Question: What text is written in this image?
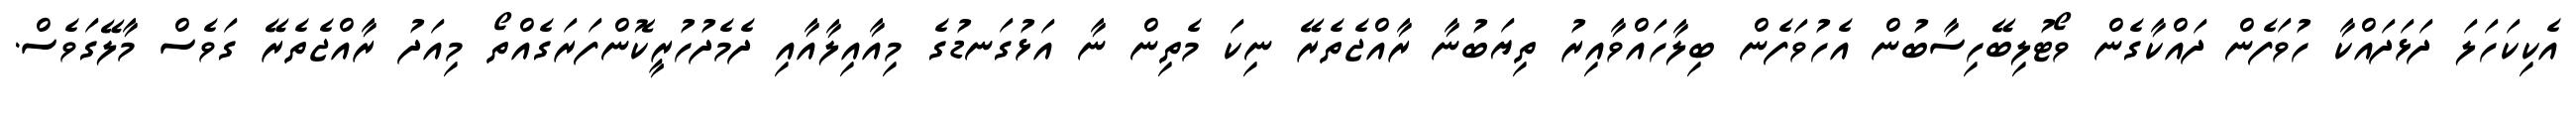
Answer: އެކިކަހަލަ ދަޅަދައްކާ ހުވަފެން ދައްކާގެން ވޯޓުލިބޭހިސާބުން އެހުވަފެން ބިލާހައްވާއިރު ތިޔަބުނާ ރާއްޖެތެރޭ ނިކަ މެތިން ނާ އަޅުގަނޑުގެ މިއާއިލާއާއި ދެމެދުހުރީކޮންފަރަގެއްތޯ މިއަދު ރާއްޖެތެރޭ ގަވެސް މާލޭގަވެސް.